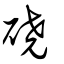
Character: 磽